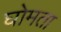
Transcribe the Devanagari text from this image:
घोमता